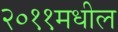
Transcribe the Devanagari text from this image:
२०११मधील